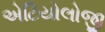
એટિયોલોજી